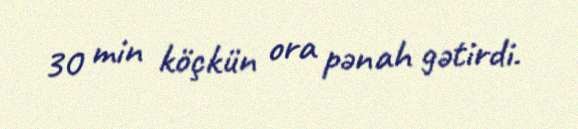
30 min köçkün ora pənah gətirdi.